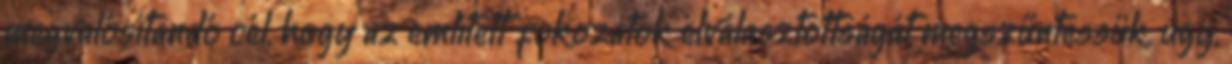
megvalósítandó cél, hogy az említett fokozatok elválasztottságát megszűntessük, úgy,